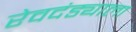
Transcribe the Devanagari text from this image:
रेवदंड्याला